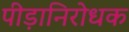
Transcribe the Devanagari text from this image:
पीड़ानिरोधक